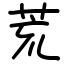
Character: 荒